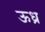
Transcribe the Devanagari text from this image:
ऊध्र